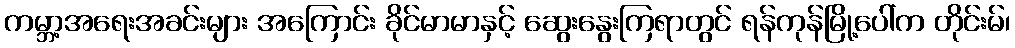
ကမ္ဘာ့အရေးအခင်းများ အကြောင်း ခိုင်မာမာနှင့် ဆွေးနွေးကြရာတွင် ရန်ကုန်မြို့ပေါ်က တိုင်းမ်၊